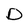
Character: D